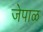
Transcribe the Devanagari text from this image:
जेपाळ